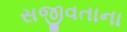
સજીવતાના